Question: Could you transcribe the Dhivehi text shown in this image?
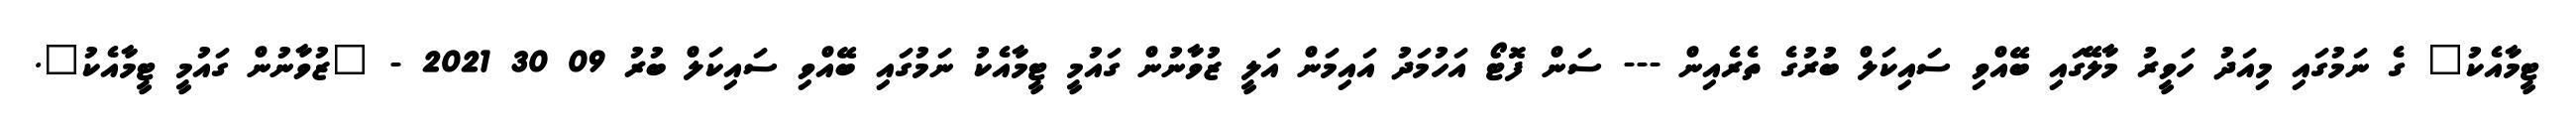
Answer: ޓީމާއެކު" ގެ ނަމުގައި މިއަދު ހަވީރު މާލޭގައި ބޭއްވި ސައިކަލް ބުރުގެ ތެރެއިން --- ސަން ފޮޓޯ އަހުމަދު އައިމަން އަލީ ޒުވާނުން ގައުމީ ޓީމާއެކު ނަމުގައި ބޭއްވި ސައިކަލް ބުރު 09 30 2021 - "ޒުވާނުން ގައުމީ ޓީމާއެކު".